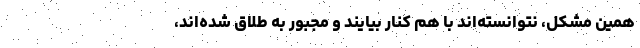
همین مشکل، نتوانسته‌اند با هم کنار بیایند و مجبور به طلاق شده‌اند،